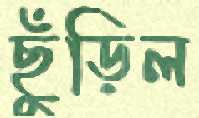
ছুঁড়িল